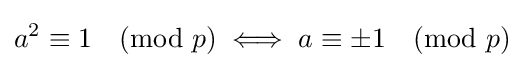
a^{2}\equiv 1{\pmod {p}}\iff a\equiv \pm 1{\pmod {p}}